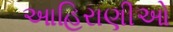
આહિરાણીઓ